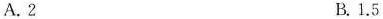
A.2 B.1.5